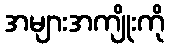
အများအကျိုးကို